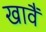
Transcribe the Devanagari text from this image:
खावैं